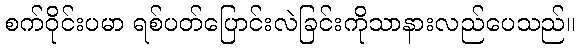
စက်ဝိုင်းပမာ ရစ်ပတ်ပြောင်းလဲခြင်းကိုသာနားလည်ပေသည်။